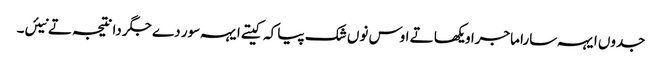
جدوں ایہہ سارا ماجرا ویکھا تے اوس نوں شک پیا کہ کیتے ایہہ سور دے جگر دا نتیجہ تے نیئں۔